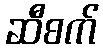
ဆီစက်